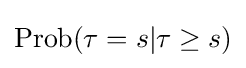
\operatorname {Prob} (\tau =s|\tau \geq s)